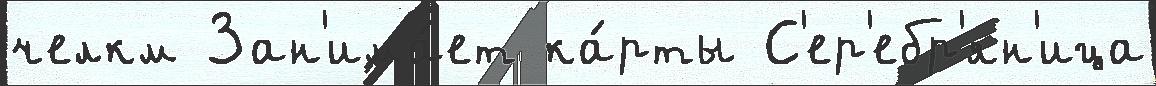
челкм Зан'има́ет ка́рты С'ер'ебр'ян'ица